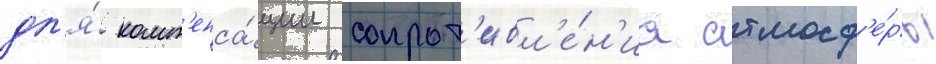
дл'я́ комп'енса́ции сопрот'ивл'е́н'иа атмосф'е́ры